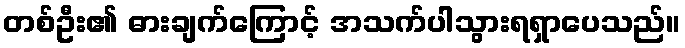
တစ်ဦး၏ ဓားချက်ကြောင့် အသက်ပါသွားရရှာပေသည်။